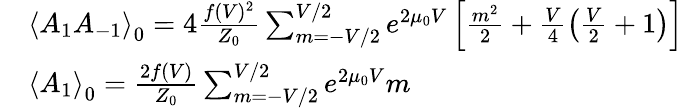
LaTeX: \begin{array}{rl}&{{\langle A_{1}A_{-1}\rangle}_{0}=4\frac{f(V)^{2}}{Z_{0}}\sum_{m=-V/2}^{V/2}e^{2\mu_{0}V}\left[\frac{m^{2}}{2}+\frac{V}{4}\left(\frac{V}{2}+1\right)\right]}\\ &{{\langle A_{1}\rangle}_{0}=\frac{2f(V)}{Z_{0}}\sum_{m=-V/2}^{V/2}e^{2\mu_{0}V}m}\end{array}